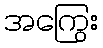
အကြွေး